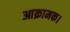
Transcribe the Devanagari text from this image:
आक्रामक।